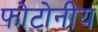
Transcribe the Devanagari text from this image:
फोटोनीय